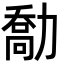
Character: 勪